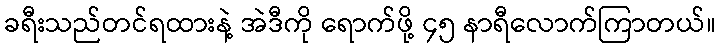
ခရီးသည်တင်ရထားနဲ့ အဲဒီကို ရောက်ဖို့ ၄၅ နာရီလောက်ကြာတယ်။